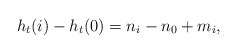
\begin{align*} h_t(i)-h_t(0) = n_i-n_0+ m_i, \end{align*}